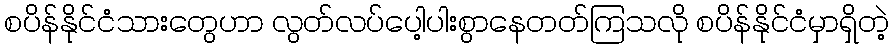
စပိန်နိုင်ငံသားတွေဟာ လွတ်လပ်ပေါ့ပါးစွာနေတတ်ကြသလို စပိန်နိုင်ငံမှာရှိတဲ့